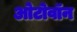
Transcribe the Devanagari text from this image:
ओटोवॉन